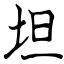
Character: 坦